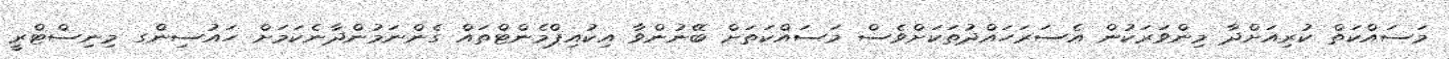
މަސައްކަތް ކުރިއަށްދާ މިންވަރަކުން އެސަރަހައްދުތަކަށްވެސް މަސައްކަތަށް ބޭނުންވާ އިކުއިޕްމެންޓްތައް ގެންނަމުންދާނެކަމަށް ހައުސިންގ މިނިސްޓްރީ